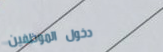
دخول الموظفين